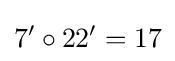
7'\circ 22'=17